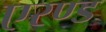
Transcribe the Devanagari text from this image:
एरण्ड